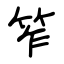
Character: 笮